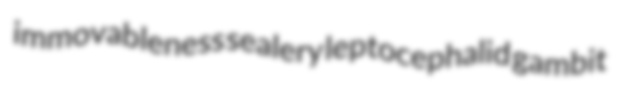
immovableness sealery leptocephalid gambit